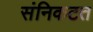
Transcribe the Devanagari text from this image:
संनिकटत